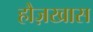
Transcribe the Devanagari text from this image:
हौज़खास